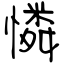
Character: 憐